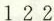
1 2 2